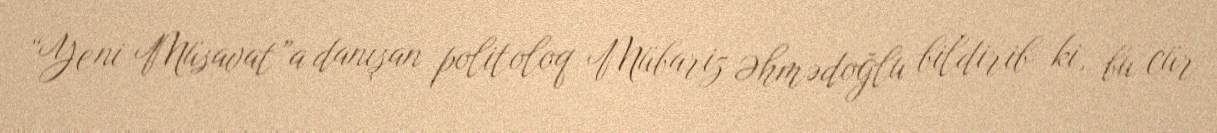
“Yeni Müsavat”a danışan politoloq Mübariz Əhmədoğlu bildirib ki, bu cür